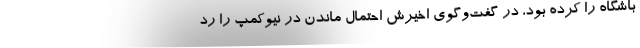
باشگاه را کرده بود، در گفت‌وگوی ‌اخیرش احتمال ماندن در نیوکمپ را رد